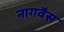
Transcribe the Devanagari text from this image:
नागवैस